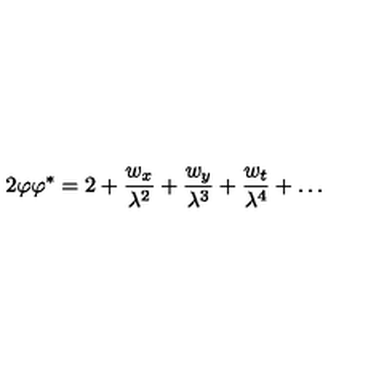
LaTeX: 2 \varphi \varphi ^ { * } = 2 + \frac { w _ { x } } { \lambda ^ { 2 } } + \frac { w _ { y } } { \lambda ^ { 3 } } + \frac { w _ { t } } { \lambda ^ { 4 } } + \dots